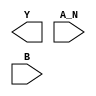
module sky130_fd_sc_hs__nand2b (
    Y  ,
    A_N,
    B
);

    output Y  ;
    input  A_N;
    input  B  ;

    // Voltage supply signals
    supply1 VPWR;
    supply0 VGND;

endmodule